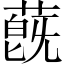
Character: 蔇